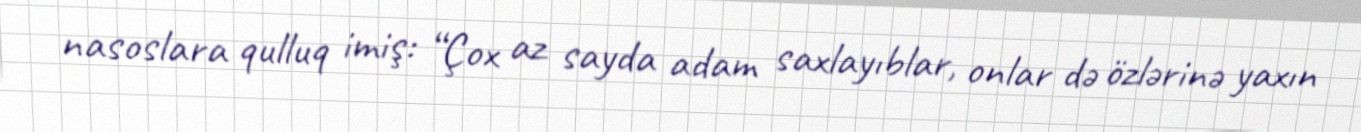
nasoslara qulluq imiş: “Çox az sayda adam saxlayıblar, onlar də özlərinə yaxın